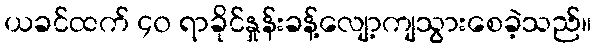
ယခင်ထက် ၄၀ ရာခိုင်နှုန်းခန့်လျော့ကျသွားစေခဲ့သည်။